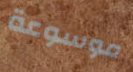
موسوعة